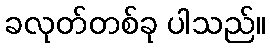
ခလုတ်တစ်ခု ပါသည်။